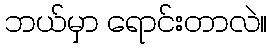
ဘယ်မှာ ရောင်းတာလဲ။